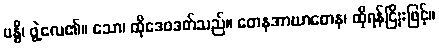
ဗန္ဓီ၊ ဖွဲ့လေ၏။ သော၊ ထိုဒေဝဒတ်သည်။ တေနအာဃာတေန၊ ထိုရန်ငြိုးဖြင့်။